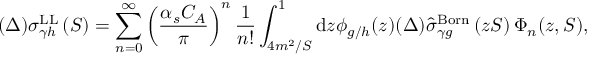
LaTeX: ( \Delta ) \sigma _ { \gamma h } ^ { \mathrm { L L } } \left( S \right) = \sum _ { n = 0 } ^ { \infty } \left( \frac { \alpha _ { s } C _ { A } } { \pi } \right) ^ { n } \frac { 1 } { n ! } \int _ { 4 m ^ { 2 } / S } ^ { 1 } \mathrm { d } z \phi _ { g / h } ( z ) ( \Delta ) \hat { \sigma } _ { \gamma g } ^ { \mathrm { B o r n } } \left( z S \right) \Phi _ { n } ( z , S ) ,